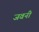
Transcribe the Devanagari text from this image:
जवनी